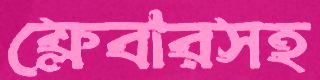
ফ্লেবারসহ